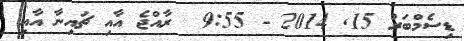
ޑިސެމްބަރު 15